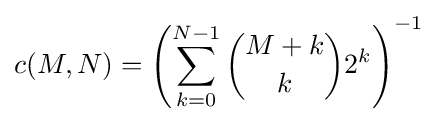
c(M,N)=\left({\sum _{k=0}^{N-1}{\binom {M+k}{k}}2^{k}}\right)^{-1}\